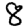
Digit: 8